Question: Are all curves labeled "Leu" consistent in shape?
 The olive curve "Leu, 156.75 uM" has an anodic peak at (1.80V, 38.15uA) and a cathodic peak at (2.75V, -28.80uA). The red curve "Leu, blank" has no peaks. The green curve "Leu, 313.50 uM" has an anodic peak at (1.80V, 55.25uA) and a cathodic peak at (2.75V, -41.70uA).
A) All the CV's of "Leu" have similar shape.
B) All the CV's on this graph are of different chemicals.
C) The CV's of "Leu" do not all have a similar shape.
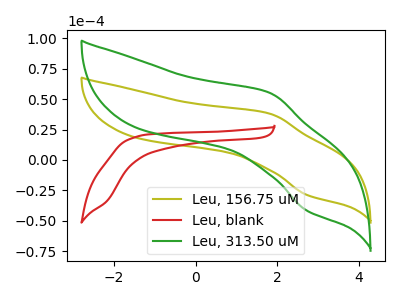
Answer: <think>"Leu, 156.75 uM" and "Leu, blank" have a different number of peaks. All the peaks in "Leu, 156.75 uM" have a peak in "Leu, 313.50 uM" at the same potential. Every peak in "Leu, 156.75 uM" is lower than every peak in "Leu, 313.50 uM". "Leu, blank" and "Leu, 313.50 uM" have a different number of peaks.
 </think>
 <answer>A) All the CV's of "Leu" have similar shape.</answer>
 <eval>A</eval>